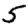
Digit: 5